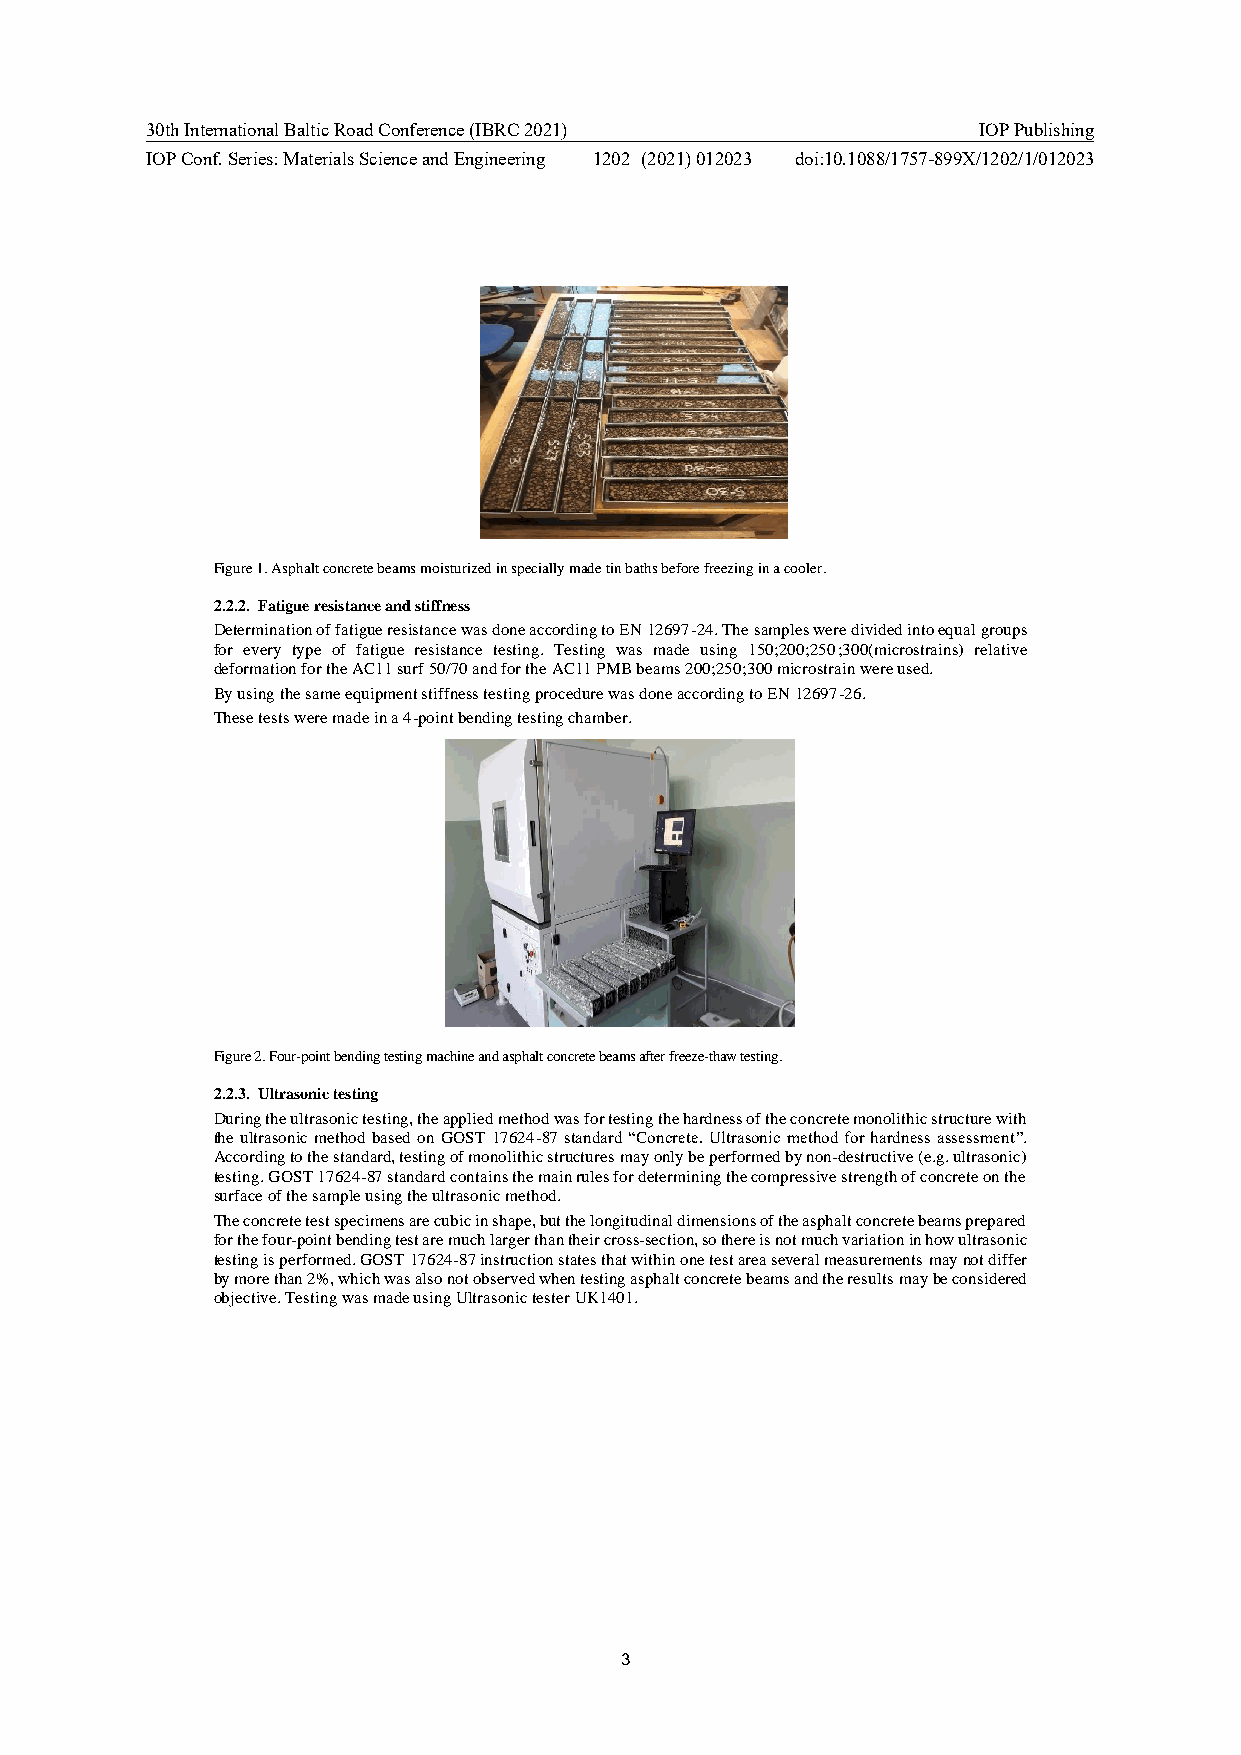
30th International Baltic Road Conference (IBRC 2021)  IOP Publishing
 IOP Conf. Series: Materials Science and Engineering 1202 (2021) 012023 doi:10.1088/1757-899X/1202/1/012023
 Figure 1. Asphalt concrete beams moisturized in specially made tin baths before freezing in a cooler.
 2.2.2. Fatigue resistance and stiffness
 Determination of fatigue resistance was done according to EN 12697-24. The samples were divided into equal groups
 for every type of fatigue resistance testing. Testing was made using 150;200;250;300(microstrains) relative
 deformation for the AC11 surf 50/70 and for the AC11 PMB beams 200;250;300 microstrain were used.
 By using the same equipment stiffness testing procedure was done according to EN 12697-26.
 These tests were made in a 4-point bending testing chamber.
 Figure 2. Four-point bending testing machine and asphalt concrete beams after freeze-thaw testing.
 2.2.3. Ultrasonic testing
 During the ultrasonic testing, the applied method was for testing the hardness of the concrete monolithic structure with
 the ultrasonic method based on GOST 17624-87 standard “Concrete. Ultrasonic method for hardness assessment”.
 According to the standard, testing of monolithic structures may only be performed by non-destructive (e.g. ultrasonic)
 testing. GOST 17624-87 standard contains the main rules for determining the compressive strength of concrete on the
 surface of the sample using the ultrasonic method.
 The concrete test specimens are cubic in shape, but the longitudinal dimensions of the asphalt concrete beams prepared
 for the four-point bending test are much larger than their cross-section, so there is not much variation in how ultrasonic
 testing is performed. GOST 17624-87 instruction states that within one test area several measurements may not differ
 by more than 2%, which was also not observed when testing asphalt concrete beams and the results may be considered
 objective. Testing was made using Ultrasonic tester UK1401.
 3